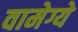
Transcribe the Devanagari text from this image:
वामेग्ये